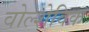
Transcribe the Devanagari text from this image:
वोल्शेविक